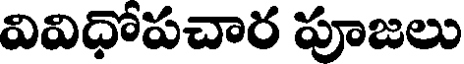
వివిధోపచార పూజలు